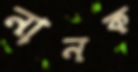
নানক